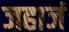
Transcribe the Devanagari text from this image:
जहाजं